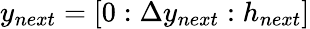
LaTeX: y_{next}=[0:\Delta y_{next}:h_{next}]